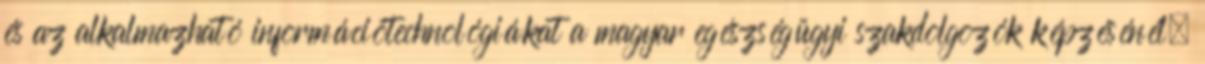
és az alkalmazható információtechnológiákat a magyar egészségügyi szakdolgozók képzésénél,